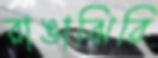
রাঙাঝিরি